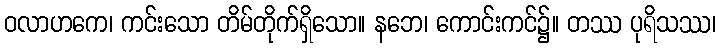
ဝလာဟကေ၊ ကင်းသော တိမ်တိုက်ရှိသော။ နဘေ၊ ကောင်းကင်၌။ တဿ ပုရိသဿ၊